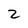
Character: 2